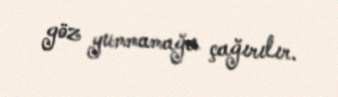
göz yummamağa çağırılır.